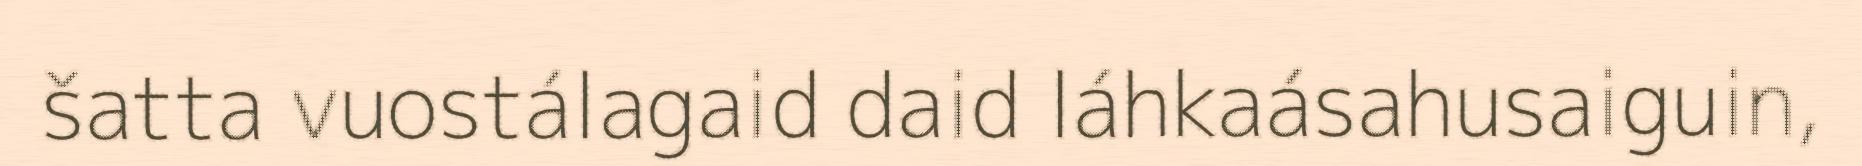
šatta vuostálagaid daid láhkaásahusaiguin,